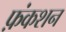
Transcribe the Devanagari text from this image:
फ़ंकशन